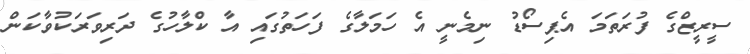
ސީރީޒްގެ ފުރަތަމަ އެޕިސޯޑު ނިމެނީ އެ ހަމަލާގެ ފަހަތުގައި އާ ކްލާހުގެ ދަރިވަރަކުވާކަން